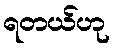
ရတယ်ဟု